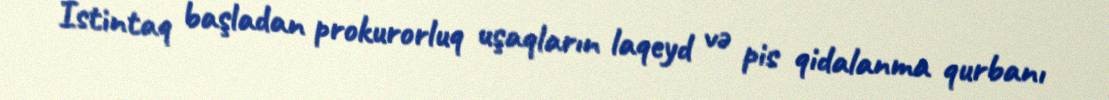
İstintaq başladan prokurorluq uşaqların laqeyd və pis qidalanma qurbanı